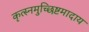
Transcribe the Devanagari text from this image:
कृत्स्नमुच्छिष्टमादाय